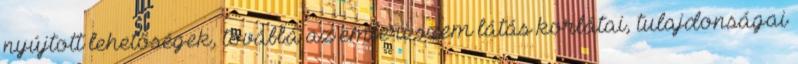
nyújtott lehetőségek, továbbá az emberi szem látás korlátai, tulajdonságai